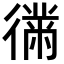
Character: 𫹤